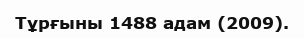
Тұрғыны 1488 адам (2009).